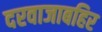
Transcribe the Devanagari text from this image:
दरवाजाबहिर